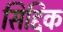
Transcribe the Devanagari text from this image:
सिद्दिक